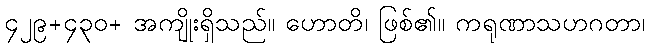
၄၂၉+၄၃၀+ အကျိုးရှိသည်။ ဟောတိ၊ ဖြစ်၏။ ကရုဏာသဟဂတာ၊